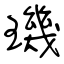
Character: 璣